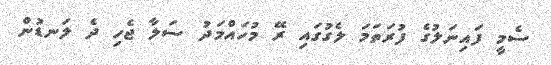
ސެމީ ފައިނަލުގެ ފުރަތަމަ ލެގުގައި ރޭ މުހައްމަދު ސަލާ ޖެހި ދެ ލަނޑުން